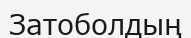
Затоболдың